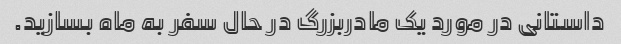
داستانی در مورد یک مادربزرگ در حال سفر به ماه بسازید.